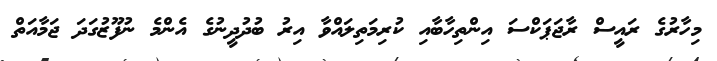
މިހާރުގެ ރައީސް ރާޖަޕަކްސަ އިންތިހާބާއި ކުރިމަތިލައްވާ އިރު ބުދުދީނުގެ އެންމެ ނުފޫޒުގަދަ ޖަމާއަތް